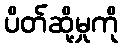
ပိတ်ဆို့မှုကို